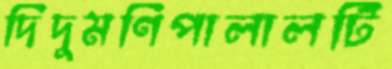
দিদুমণিপালালটি